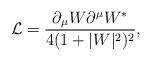
LaTeX: \begin{align*}\mathcal{L}=\frac{\partial_{\mu}W\partial^{\mu}W^{*}}{4(1+|W|^{2})^{2}},\end{align*}